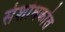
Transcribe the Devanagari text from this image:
संशोधकांत